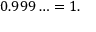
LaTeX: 0 . 9 9 9 \ldots = 1 .